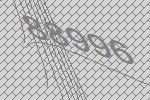
88996